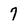
Character: 7